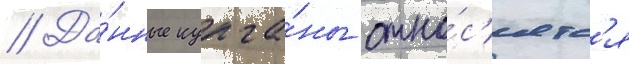
// Да́нные курга́ны отно́с'ятс'я